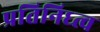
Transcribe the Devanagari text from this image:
प्रतिनिध्त्व